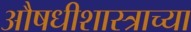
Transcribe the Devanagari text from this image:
औषधीशास्त्राच्या